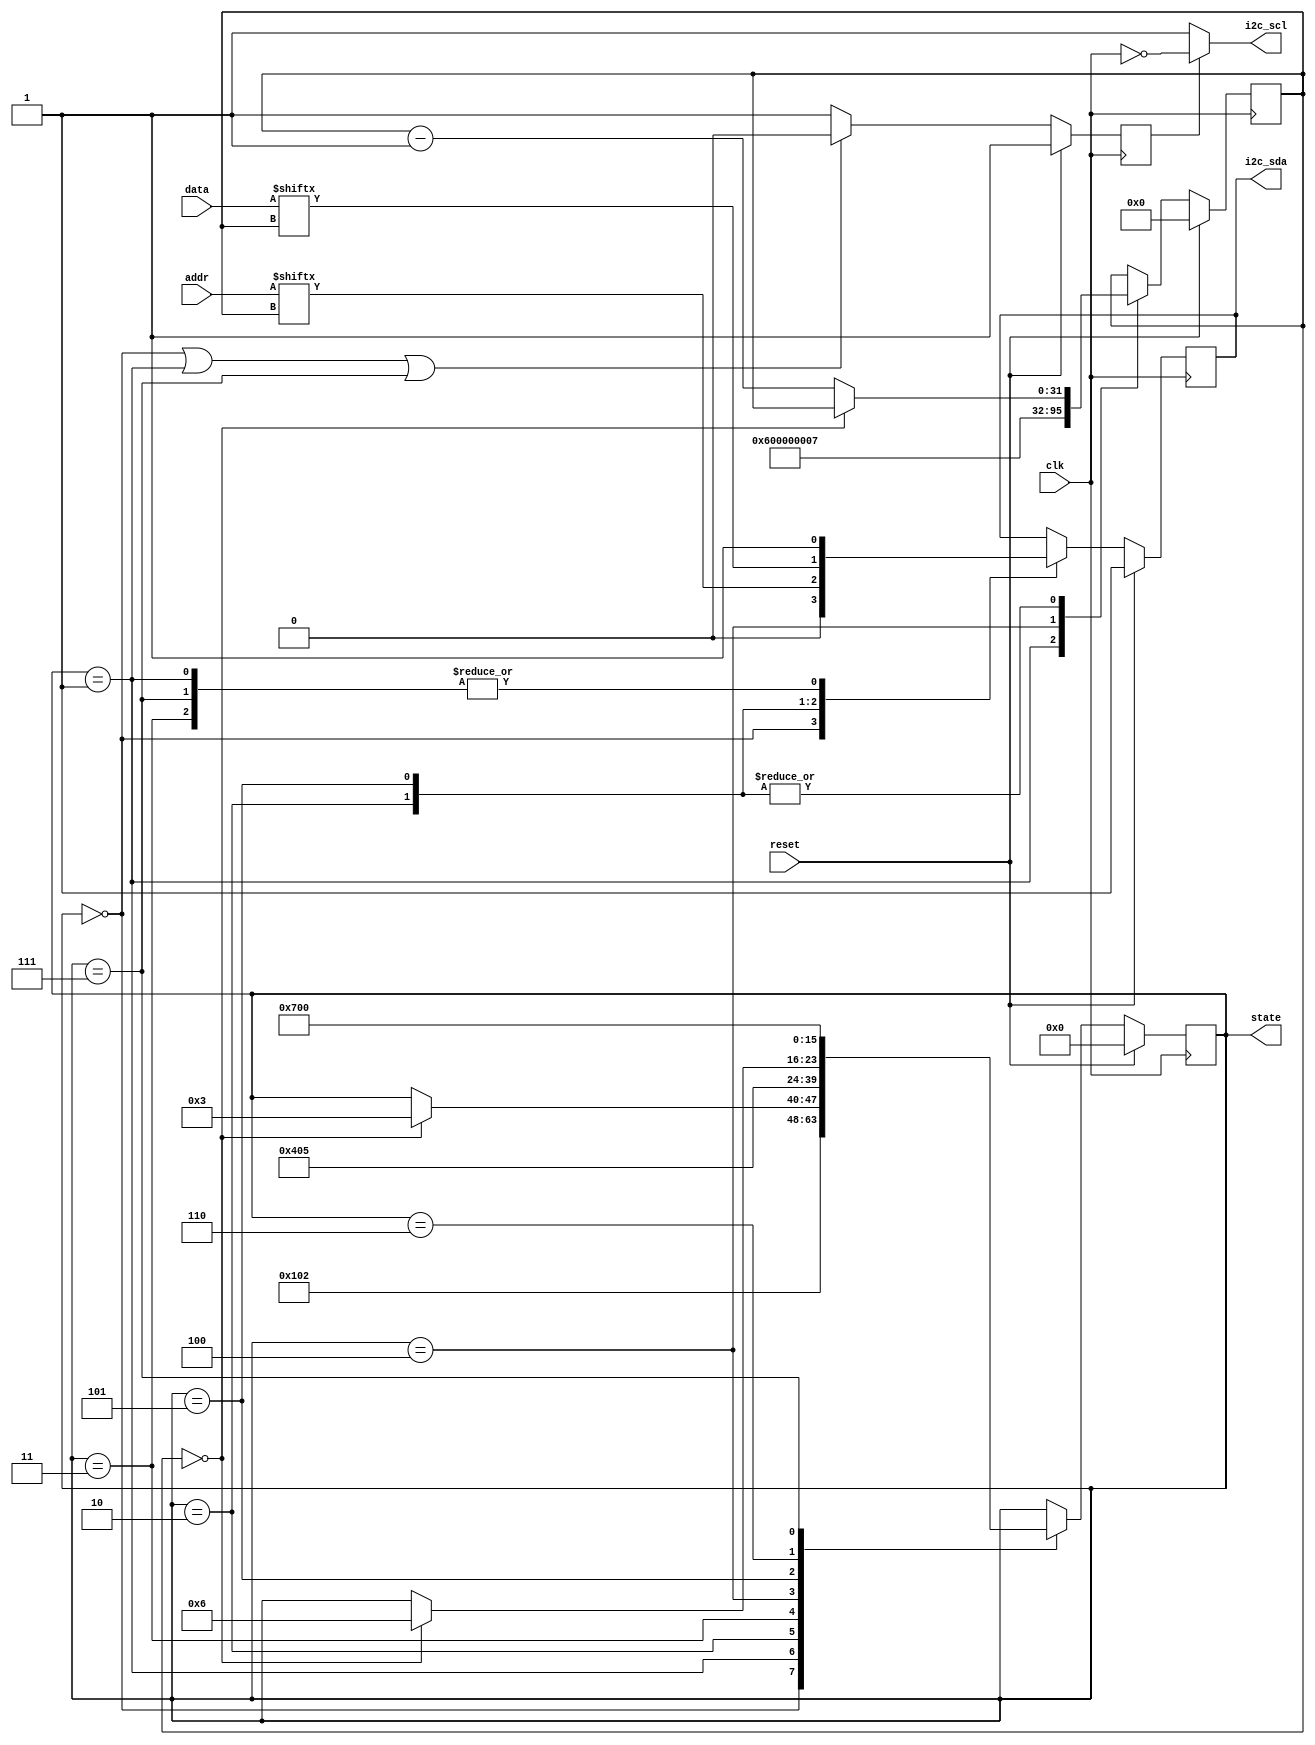
module i2c(
	input  clk,
	input reset,
	input[6:0]addr,
	input[7:0] data,
	output reg i2c_sda,
	output wire i2c_scl,
	output reg [7:0]state 
    );

	localparam STATE_IDLE = 0;//different states
	localparam STATE_START = 1; 
	localparam STATE_ADDR = 2;
	localparam STATE_RW = 3;
	localparam STATE_WACK = 4; 
	localparam STATE_DATA = 5;
	localparam STATE_WACK2 = 6;
	localparam STATE_STOP = 7;  

	reg [31:0] count;//counter to keep track on noof clock pulses
	wire clk_div;//to divide the clk frequency
	reg i2c_scl_enable = 0;//flag to control SCl(scl generation only when needed)
	assign i2c_scl = (i2c_scl_enable == 0) ? 1 : ~clk;//if Flag control is 0 sdc is kept high else sdc is togggle
	
	initial begin
	count[3:0] =4'b0000;
	i2c_sda =1'b0;
	state[2:0] = 3'b000;
	count[3:0] =4'b0110;//I2C master is planning to transmit 6 bits of data on the bus.
	i2c_sda =1'b1;       /*In the initial block, the value of state is first set to 0 (3'b000),and then later set to 7 (3'b111). This suggests that the 
	                           I2C master is initializing the state machine
	                        to the idle state (STATE_IDLE), and then sending a start condition (STATE_START) followed by a 6-bit data transfer 
	                        (STATE_DATA) and a stop condition (STATE_STOP).*/
	state[2:0] = 3'b111;
	end
	
	always @(negedge clk)//This means that the I2C clock line (i2c_scl) is held high (i.e., logic 1) when the device is being reset.
	begin
	if (reset == 1)
	begin
	i2c_scl_enable <= 1;
	end
	
	else begin
	if((state == STATE_IDLE) || (state == STATE_START) || (state == STATE_STOP))
	begin     
	i2c_scl_enable <= 0;  /*If the state machine is in the STATE_IDLE, STATE_START, or STATE_STOP states, then i2c_scl_enable is set to 0 
	                      (i.e., the clock is not toggled). This is because the I2C protocol requires that the clock line remain high when the bus is idle, 
	                      during a start condition, and during a stop condition.Otherwise, if the state machine is in any other state,
	                       then i2c_scl_enable is set to 1 (i.e., the clock is toggled). This is because the clock line must be toggled during data
	                        transfer operations.*/
	end
	else begin
	i2c_scl_enable <= 1;
	end
	end
	end
	
	always@(posedge clk)/*this code initializes the I2C module to a known state whenever the system is reset.*/
	begin
	if (reset==1)
	begin
	state<= 3'b0;
	i2c_sda <= 1;
	count <= 4'b0;
	end
	
	else begin
	case(state)
	
	STATE_IDLE: begin //idle
	i2c_sda <= 0;   /*the I2C bus is currently idle, waiting for a start condition to initiate communication. The i2c_sda signal is set to 0 to 
	                   initiate the start condition, and the state variable is updated to STATE_START to indicate that the start condition has been sent.*/
	state <= STATE_START;
	end
	
	/*These lines of code represent the "Start" state in the I2C communication protocol. In this state, the master device sends a start signal
	   to the slave device to initiate communication.The line i2c_sda <= 1; sets the data line (SDA) to logic high (1), while the line 
	   state <= STATE_ADDR; sets the state to the "Address" state, indicating that the master device is now ready to send the slave device's 
	   address. The line count <= 6; sets the counter to 6, indicating that the next 7 bits sent on the data line will be the 7-bit address of the slave device.*/
	STATE_START: begin //start
	i2c_sda <= 1;
	state <= STATE_ADDR;//address byte is transmitted with MSB first
	count <= 6;   
	//addr <= 7'b0110010;
	end
	
	
	/*In the I2C protocol, this block of code is responsible for sending the 7-bit slave address to the slave device. The slave address 
	is sent bit-by-bit, starting from the most significant bit (MSB) to the least significant bit (LSB). The current bit is sent on the i2c_sda line, 
	and the count variable is used to keep track of the current bit being sent. If all bits of the address have been sent, the state machine moves to 
	the STATE_RW state, otherwise count is decremented to send the next bit on the next clock cycle.*/
	STATE_ADDR: begin 
	i2c_sda <= addr[count];
	if (count == 0) state <= STATE_RW;
	else count <= count - 1;
	end
	
	/*In the STATE_RW state, the SDA line is set to high (1) to indicate that the master wants to read 
	data from the slave device. Then, the state is changed to STATE_WACK, indicating that the master is waiting for the slave's acknowledgment.*/
	STATE_RW: begin
	i2c_sda <= 1;
	state <= STATE_WACK;//rw bit specify whether the next byte is read or write
	end
	
	
	/*In the STATE_WACK state, the state variable is updated to STATE_DATA, indicating that the next state is to send data.
	 The count variable is also set to 7 to indicate that 7 bits of data will be transmitted in the next state.*/
	STATE_WACK: begin
	state <= STATE_DATA;//data byte is transmitted with LSB first
	count <=7;
	//data <= 8'b00001010;
	end
	
	/*In this state, the i2c_sda signal is set to the value of data[count], which represents the data bit currently being transmitted.
	 The count value is decremented until it reaches 0, indicating that all 8 bits of data have been transmitted, at which point the state 
	 is changed to STATE_WACK2.*/
	STATE_DATA: begin
	i2c_sda <= data[count];
	if (count == 0) state <= STATE_WACK2;//wait for acknowledgement for the data trasnfer
	else count <= count - 1;
	end
	
	
	/*In this state, the state machine waits for the acknowledge signal from the slave device indicating that it has received the data byte. 
	Once the acknowledge is received, the state machine moves to the STOP state to end the transmission.*/
	STATE_WACK2: begin
	state <= STATE_STOP;
	end
	
	STATE_STOP: begin
	i2c_sda <= 1;
	state <= STATE_IDLE;//stopbit
	end
	endcase
	end
	end 
endmodule